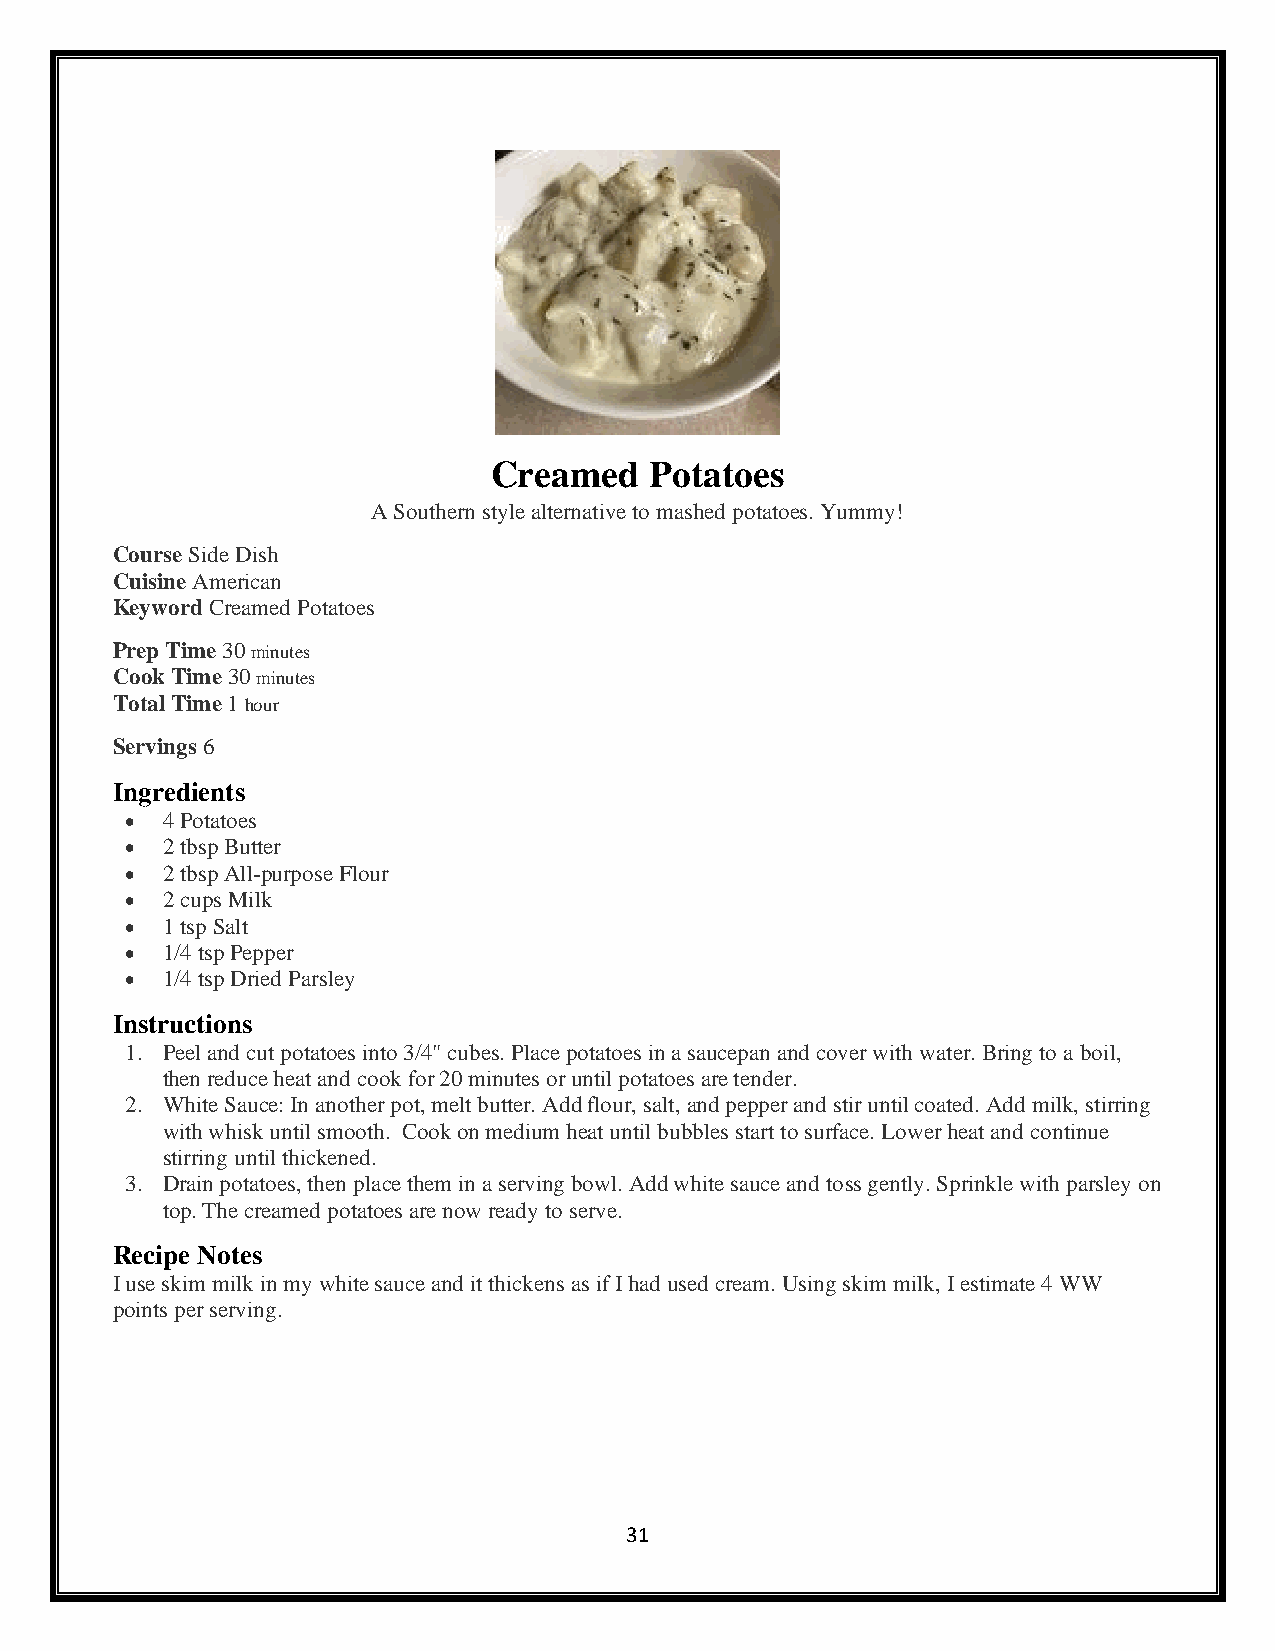
Creamed   Potatoes
 A Southern style alternative to mashed potatoes. Yummy!
 Course Side Dish
 Cuisine American
 Keyword Creamed Potatoes
 Prep Time 30 minutes
 Cook Time 30 minutes
 Total Time 1 hour
 Servings 6
 Ingredients
 •  4 Potatoes
 •  2 tbsp Butter
 •  2 tbsp All-purpose Flour
 •  2 cups Milk
 •  1 tsp Salt
 •  1/4 tsp Pepper
 •  1/4 tsp Dried Parsley
 Instructions
 1. Peel and cut potatoes into 3/4" cubes. Place potatoes in a saucepan and cover with water. Bring to a boil,
 then reduce heat and cook for 20 minutes or until potatoes are tender.
 2. White Sauce: In another pot, melt butter. Add flour, salt, and pepper and stir until coated. Add milk, stirring
 with whisk until smooth. Cook on medium heat until bubbles start to surface. Lower heat and continue
 stirring until thickened.
 3. Drain potatoes, then place them in a serving bowl. Add white sauce and toss gently. Sprinkle with parsley on
 top. The creamed potatoes are now ready to serve.
 Recipe Notes
 I use skim milk in my white sauce and it thickens as if I had used cream. Using skim milk, I estimate 4 WW
 points per serving.
 31